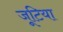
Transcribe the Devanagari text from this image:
जूटिया